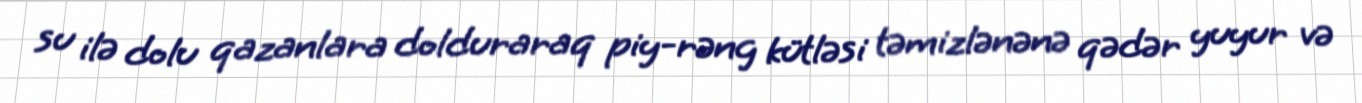
su ilə dolu qazanlara dolduraraq piy-rəng kütləsi təmizlənənə qədər yuyur və